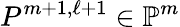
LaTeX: P^{m+1,\ell+1}\in{\mathbb{P}}^{m}